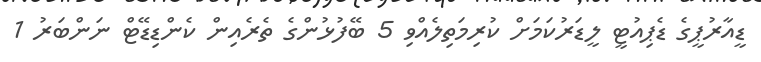
ޑީއާރުޕީގެ ޑެޕިއުޓީ ލީޑަރުކަމަށް ކުރިމަތިލެއްވި 5 ބޭފުޅުންގެ ތެރެއިން ކެންޑިޑޭޓް ނަންބަރު 1